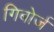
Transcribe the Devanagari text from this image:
गिबोर्ज